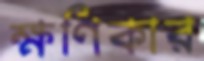
ক্ষণিকার